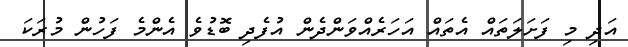
އަދި މި ފަށަލަތައް އެތައް އަހަރެއްވަންދެން އުފެދި ބޮޑުވެ އެންމެ ފަހުން މުރަކަ